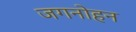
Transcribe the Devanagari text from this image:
जगनोहन